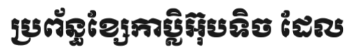
ប្រព័ន្ធខ្សែកាប្លិអ៊ុបទិច ដែល